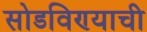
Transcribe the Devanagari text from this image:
सोडविण्याची